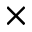
\times